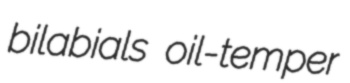
bilabials oil-temper